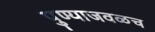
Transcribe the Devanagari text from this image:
पुण्याजवळच